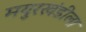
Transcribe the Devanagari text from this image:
मयुरखंडीला